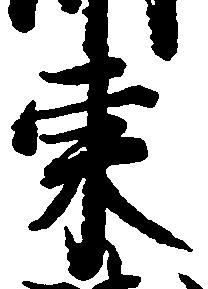
東